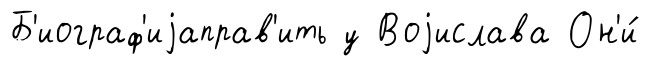
Б'иограф'иjаправ'ить у Воjислава Он'и́